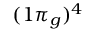
( 1 \pi _ { g } ) ^ { 4 }